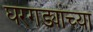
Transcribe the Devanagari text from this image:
घरगड्यांच्या